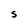
Character: S